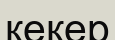
кекер